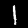
Label: 1